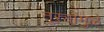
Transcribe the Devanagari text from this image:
तुऱ्यांमुळे